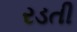
રડતી